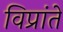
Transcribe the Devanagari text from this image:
विप्रांते